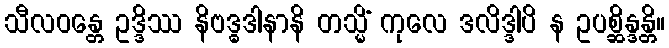
သီလဝန္တေ ဥဒ္ဒိဿ နိဗဒ္ဓဒါနာနိ တသ္မိံ ကုလေ ဒလိဒ္ဒါပိ န ဥပစ္ဆိန္ဒန္တိ။